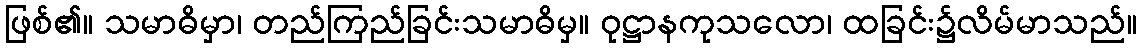
ဖြစ်၏။ သမာဓိမှာ၊ တည်ကြည်ခြင်းသမာဓိမှ။ ဝုဋ္ဌာနကုသလော၊ ထခြင်း၌လိမ်မာသည်။